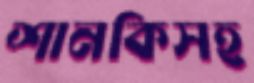
শানকিসহ